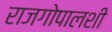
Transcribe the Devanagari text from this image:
राजगोपालशी